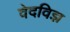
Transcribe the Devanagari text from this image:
वेदविज्ञ